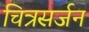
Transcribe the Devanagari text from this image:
चित्रसर्जन